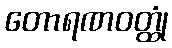
တောရဏဝတ္ထုံ